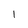
Character: l